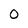
Character: 0